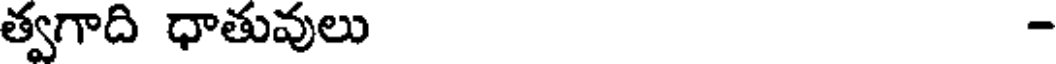
త్వగాది ధాతువులు -